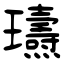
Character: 瓙